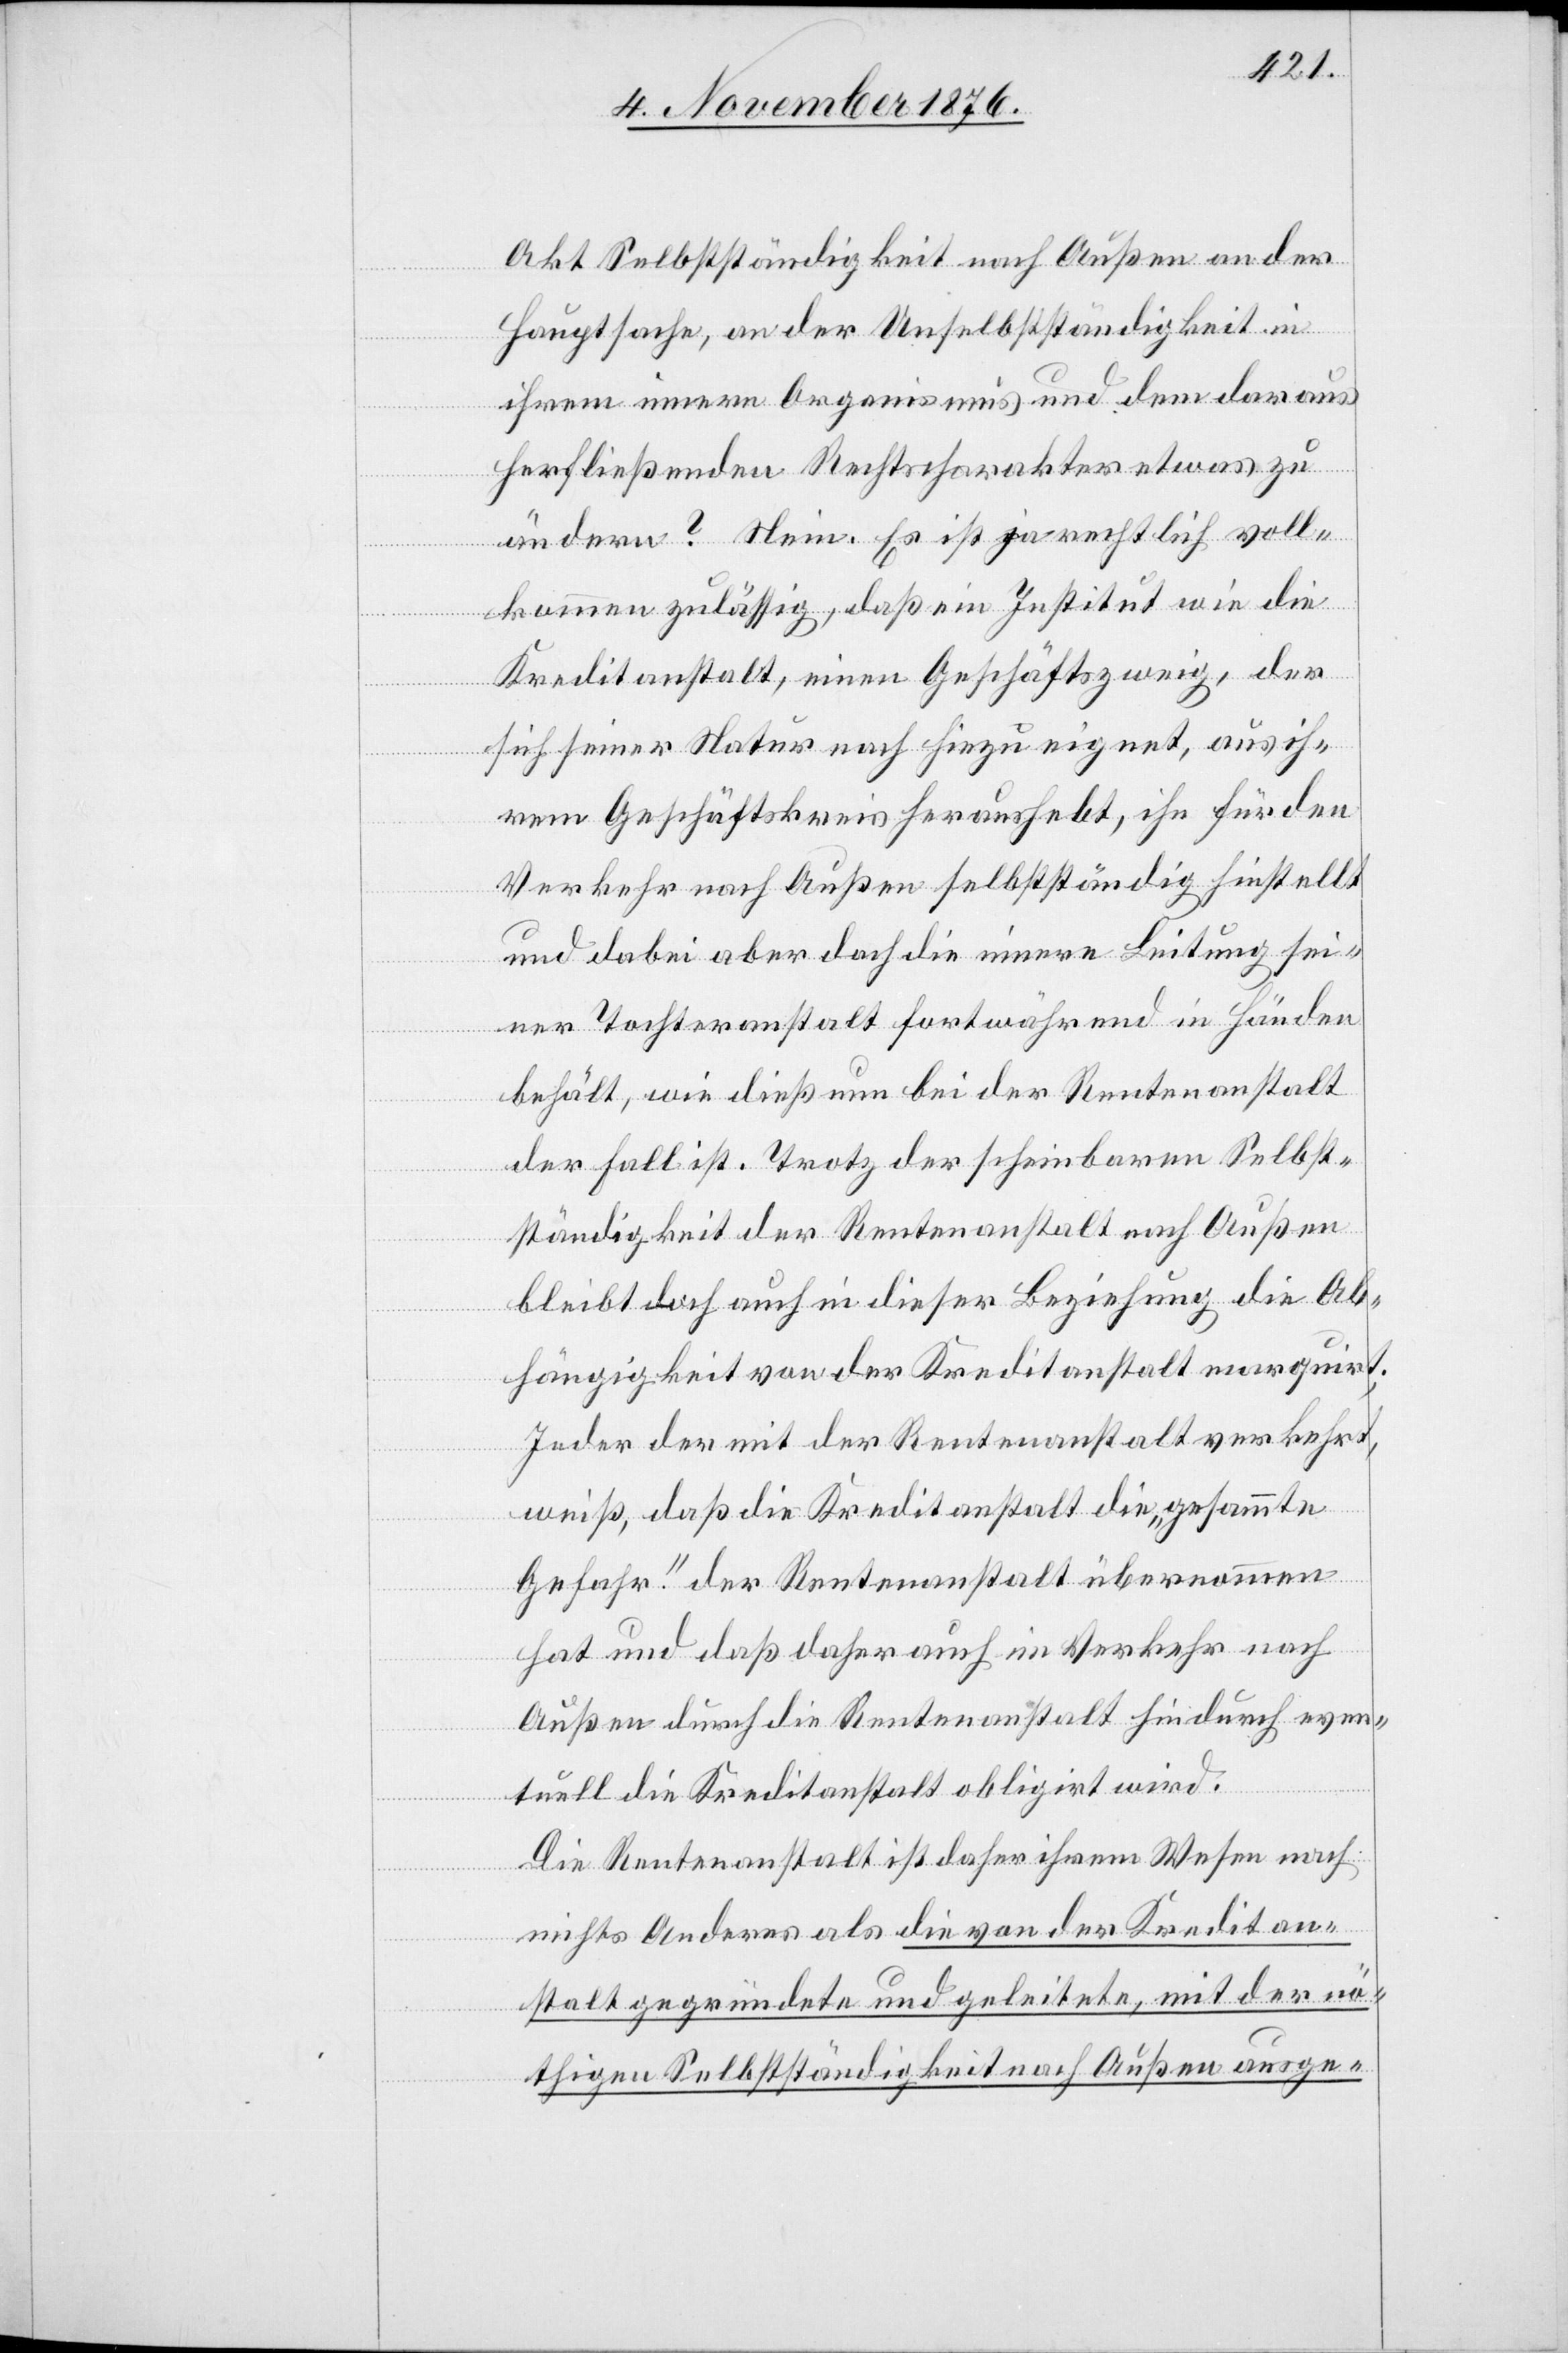
Akt Selbstständigkeit nach Außen an der
Hauptsache, an der Unselbstständigkeit in
ihrem innern Organismus und dem daraus
herfließenden Rechtscharakter etwas zu
ändern? Nein. Es ist ja rechtlich voll¬
kommen zulässig, daß ein Institut wie die
Kreditanstalt, einen Geschäftszweig, der
sich seiner Natur nach hiezu eignet, aus ih¬
rem Geschäftskreis heraushebt, ihn für den
Verkehr nach Außen selbstständig hinstellt
und dabei aber doch die innere Leitung sei¬
ner Tochteranstalt fortwährend in Händen
behält, wie dieß nun bei der Rentenanstalt
der Fall ist. Trotz der scheinbaren Selbst¬
ständigkeit der Rentenanstalt nach Außen
bleibt doch auch in dieser Beziehung die Ab¬
hängigkeit von der Kreditanstalt marquirt;
Jeder der mit der Rentenanstalt verkehrt,
weiß, daß die Kreditanstalt die „gesammte
Gefahr“ der Rentenanstalt übernommen
hat und daß daher auch im Verkehr nach
Außen durch die Rentenanstalt hindurch even¬
tuell die Kreditanstalt obligirt wird.
Die Rentenanstalt ist daher in ihrem Wesen nach
nichts Anderes als die von der Kreditan¬
stalt gegründete und geleitete, mit der nö¬
thigen Selbstständigkeit nach Außen ausge-